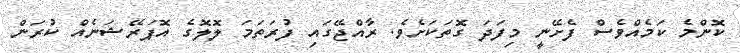
ކޮންމެ ކަމެއްވެސް ފެށޭނީ މިފަދަ ގޮތަަކަށެވެ. ރާއްޖޭގައި ފުރަތަމަ ލޮލޮގެ އޮޕަރޭޝަނެއް ކުރަން